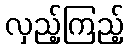
လှည့်ကြည့်